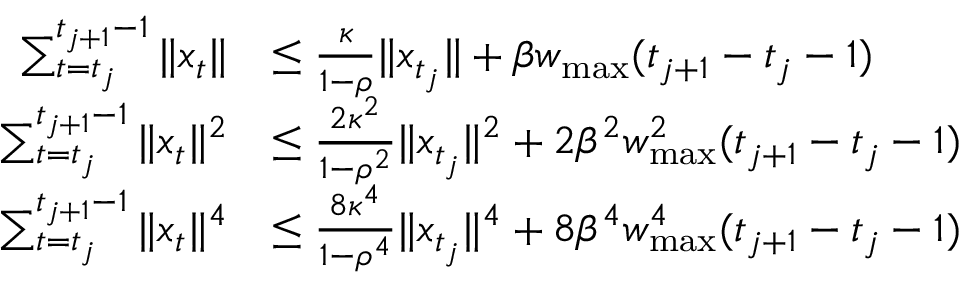
\begin{array} { r l } { \sum _ { t = t _ { j } } ^ { t _ { j + 1 } - 1 } \| x _ { t } \| } & { \leq \frac { \kappa } { 1 - \rho } \| x _ { t _ { j } } \| + \beta w _ { \operatorname* { m a x } } ( t _ { j + 1 } - t _ { j } - 1 ) } \\ { \sum _ { t = t _ { j } } ^ { t _ { j + 1 } - 1 } \| x _ { t } \| ^ { 2 } } & { \leq \frac { 2 \kappa ^ { 2 } } { 1 - \rho ^ { 2 } } \| x _ { t _ { j } } \| ^ { 2 } + 2 \beta ^ { 2 } w _ { \operatorname* { m a x } } ^ { 2 } ( t _ { j + 1 } - t _ { j } - 1 ) } \\ { \sum _ { t = t _ { j } } ^ { t _ { j + 1 } - 1 } \| x _ { t } \| ^ { 4 } } & { \leq \frac { 8 \kappa ^ { 4 } } { 1 - \rho ^ { 4 } } \| x _ { t _ { j } } \| ^ { 4 } + 8 \beta ^ { 4 } w _ { \operatorname* { m a x } } ^ { 4 } ( t _ { j + 1 } - t _ { j } - 1 ) } \end{array}